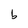
Character: b